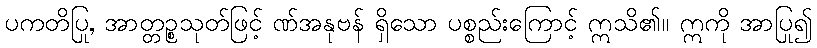
ပကတိပြု, အာတ္တဉ္စသုတ်ဖြင့် ဏ်အနုဗန် ရှိသော ပစ္စည်းကြောင့် ဣသိ၏။ ဣကို အာပြု၍